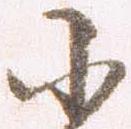
小